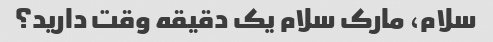
سلام، مارک سلام یک دقیقه وقت دارید؟